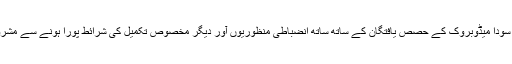
یہ مالی سودا میڈوبروک کے حصص یافتگان کے ساتھ ساتھ انضباطی منظوریوں آور دیگر مخصوص تکمیل کی شرائط پورا ہونے سے مشروط ہے۔